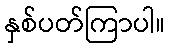
နှစ်ပတ်ကြာပါ။